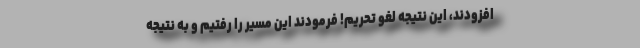
افزودند، این نتیجه لغو تحریم! فرمودند این مسیر را رفتیم و به نتیجه